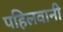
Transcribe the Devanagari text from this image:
पहिलवानी